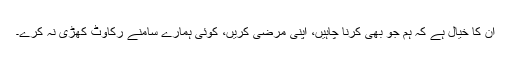
ان کا خیال ہے کہ ہم جو بھی کرنا چاہیں، اپنی مرضی کریں، کوئی ہمارے سامنے رکاوٹ کھڑی نہ کرے۔